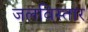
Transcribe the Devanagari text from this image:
जलविस्तार